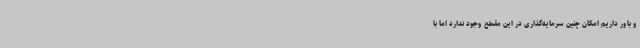
و باور داریم امکان چنین سرمایه‌گذاری در این مقطع وجود ندارد اما با